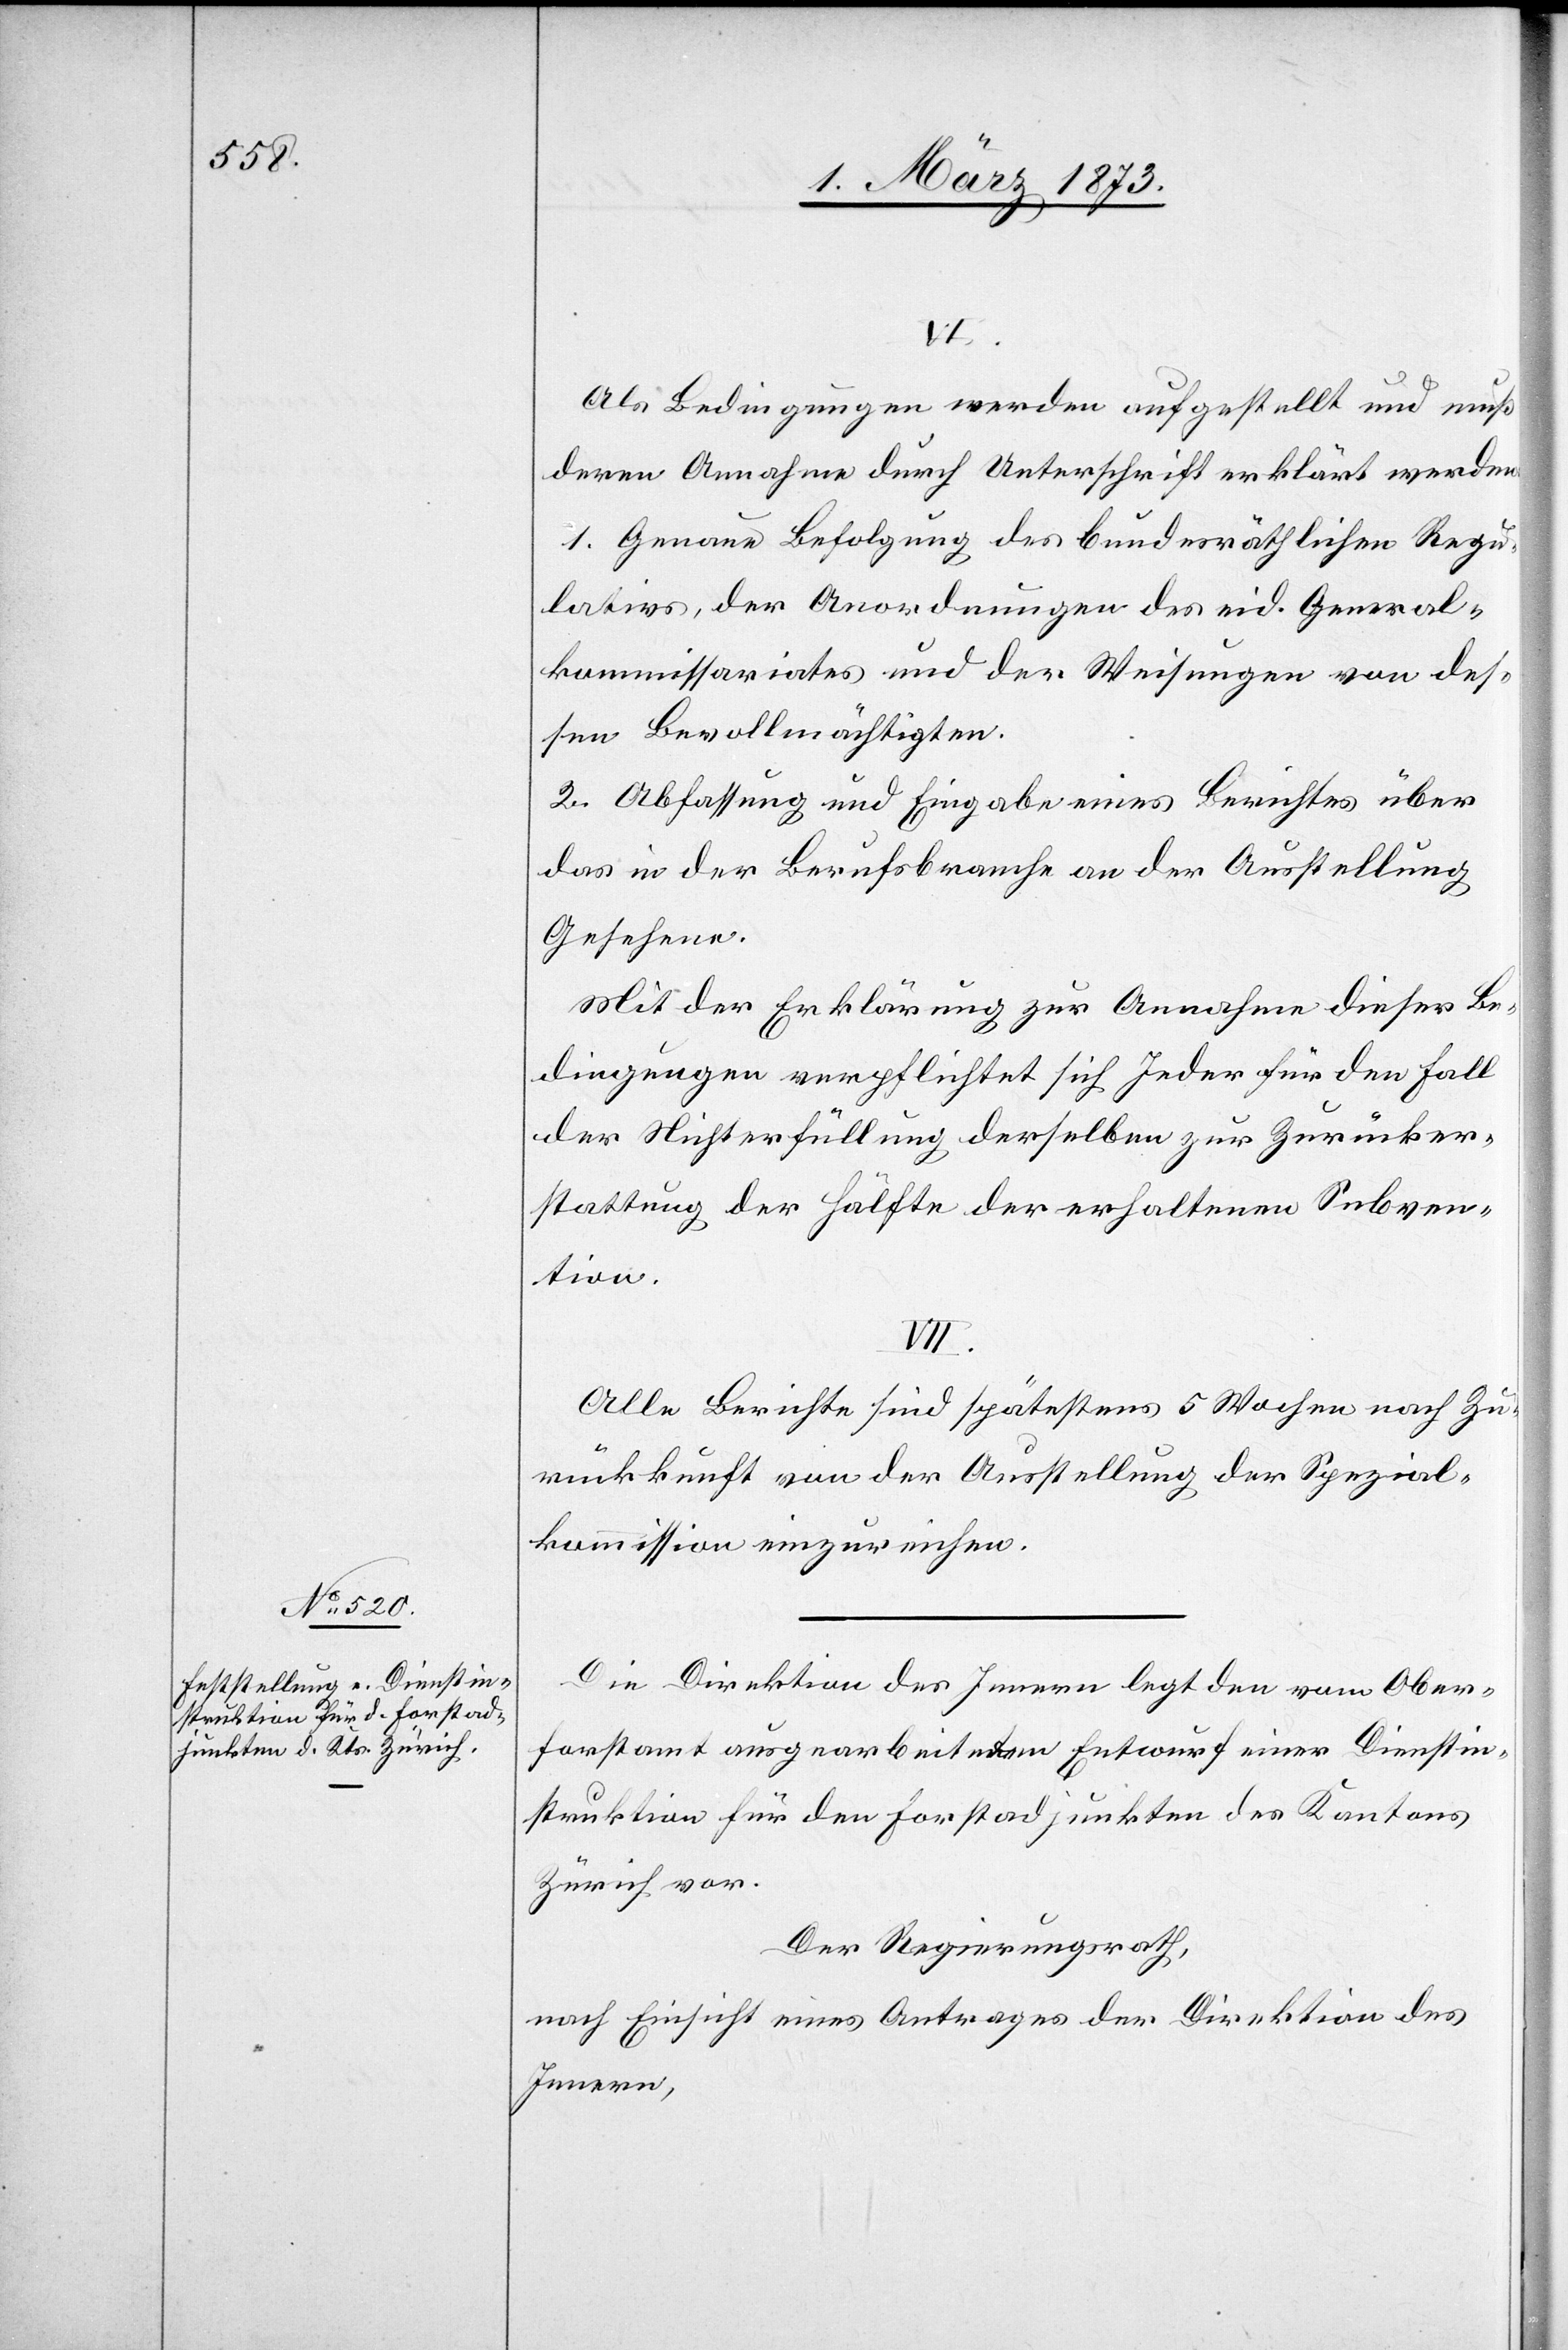
VI.
Als Bedingungen werden aufgestellt und muß
deren Annahme durch Unterschrift erklärt werden:
1. Genaue Befolgung des bundesräthlichen Regu¬
lativs, der Anordnungen des eid. General¬
kommissariates und der Weisungen von des¬
sen Bevollmächtigten.
2. Abfassung und Eingabe eines Berichtes über
das in der Berufsbranche an der Ausstellung
Gesehene.
Mit der Erklärung zur Annahme dieser Be¬
dingungen verpflichtet sich Jeder für den Fall
der Nichterfüllung derselben zur Zurücker¬
stattung der Hälfte der erhaltenen Subven¬
tion.
VII.
Alle Berichte sind spätestens 5 Wochen nach Zu¬
rückkunft von der Ausstellung der Spezial¬
kommission einzureichen.
Die Direktion des Innern legt den vom Ober¬
forstamt ausgearbeiteten Entwurf einer Dienstin¬
struktion für den Forstadjunkten des Kantons
Zürich vor.
Der Regierungsrath,
nach Einsicht eines Antrages der Direktion des
Innern,